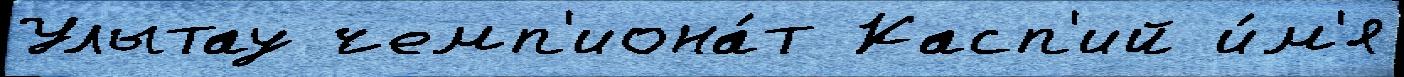
Улытау чемп'иона́т Касп'ий и́м'я